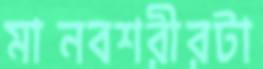
মানবশরীরটা